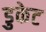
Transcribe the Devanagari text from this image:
डुकेट